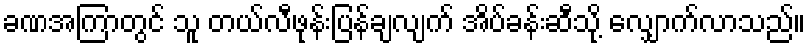
ခဏအကြာတွင် သူ တယ်လီဖုန်းပြန်ချလျက် အိပ်ခန်းဆီသို့ လျှောက်လာသည်။